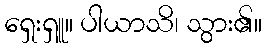
ရှေးရှူ။ ပါယာသိ၊ သွား၏။